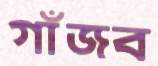
গাঁজব